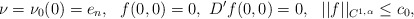
\begin{align*}\nu= \nu_0(0) = e_n,\ \ f(0,0)=0,\ D'f(0,0)=0,\ \ ||f||_{C^{1,\alpha}} \leq c_0,\end{align*}